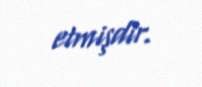
etmişdir.